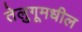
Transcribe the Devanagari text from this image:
तेलुगूमधील